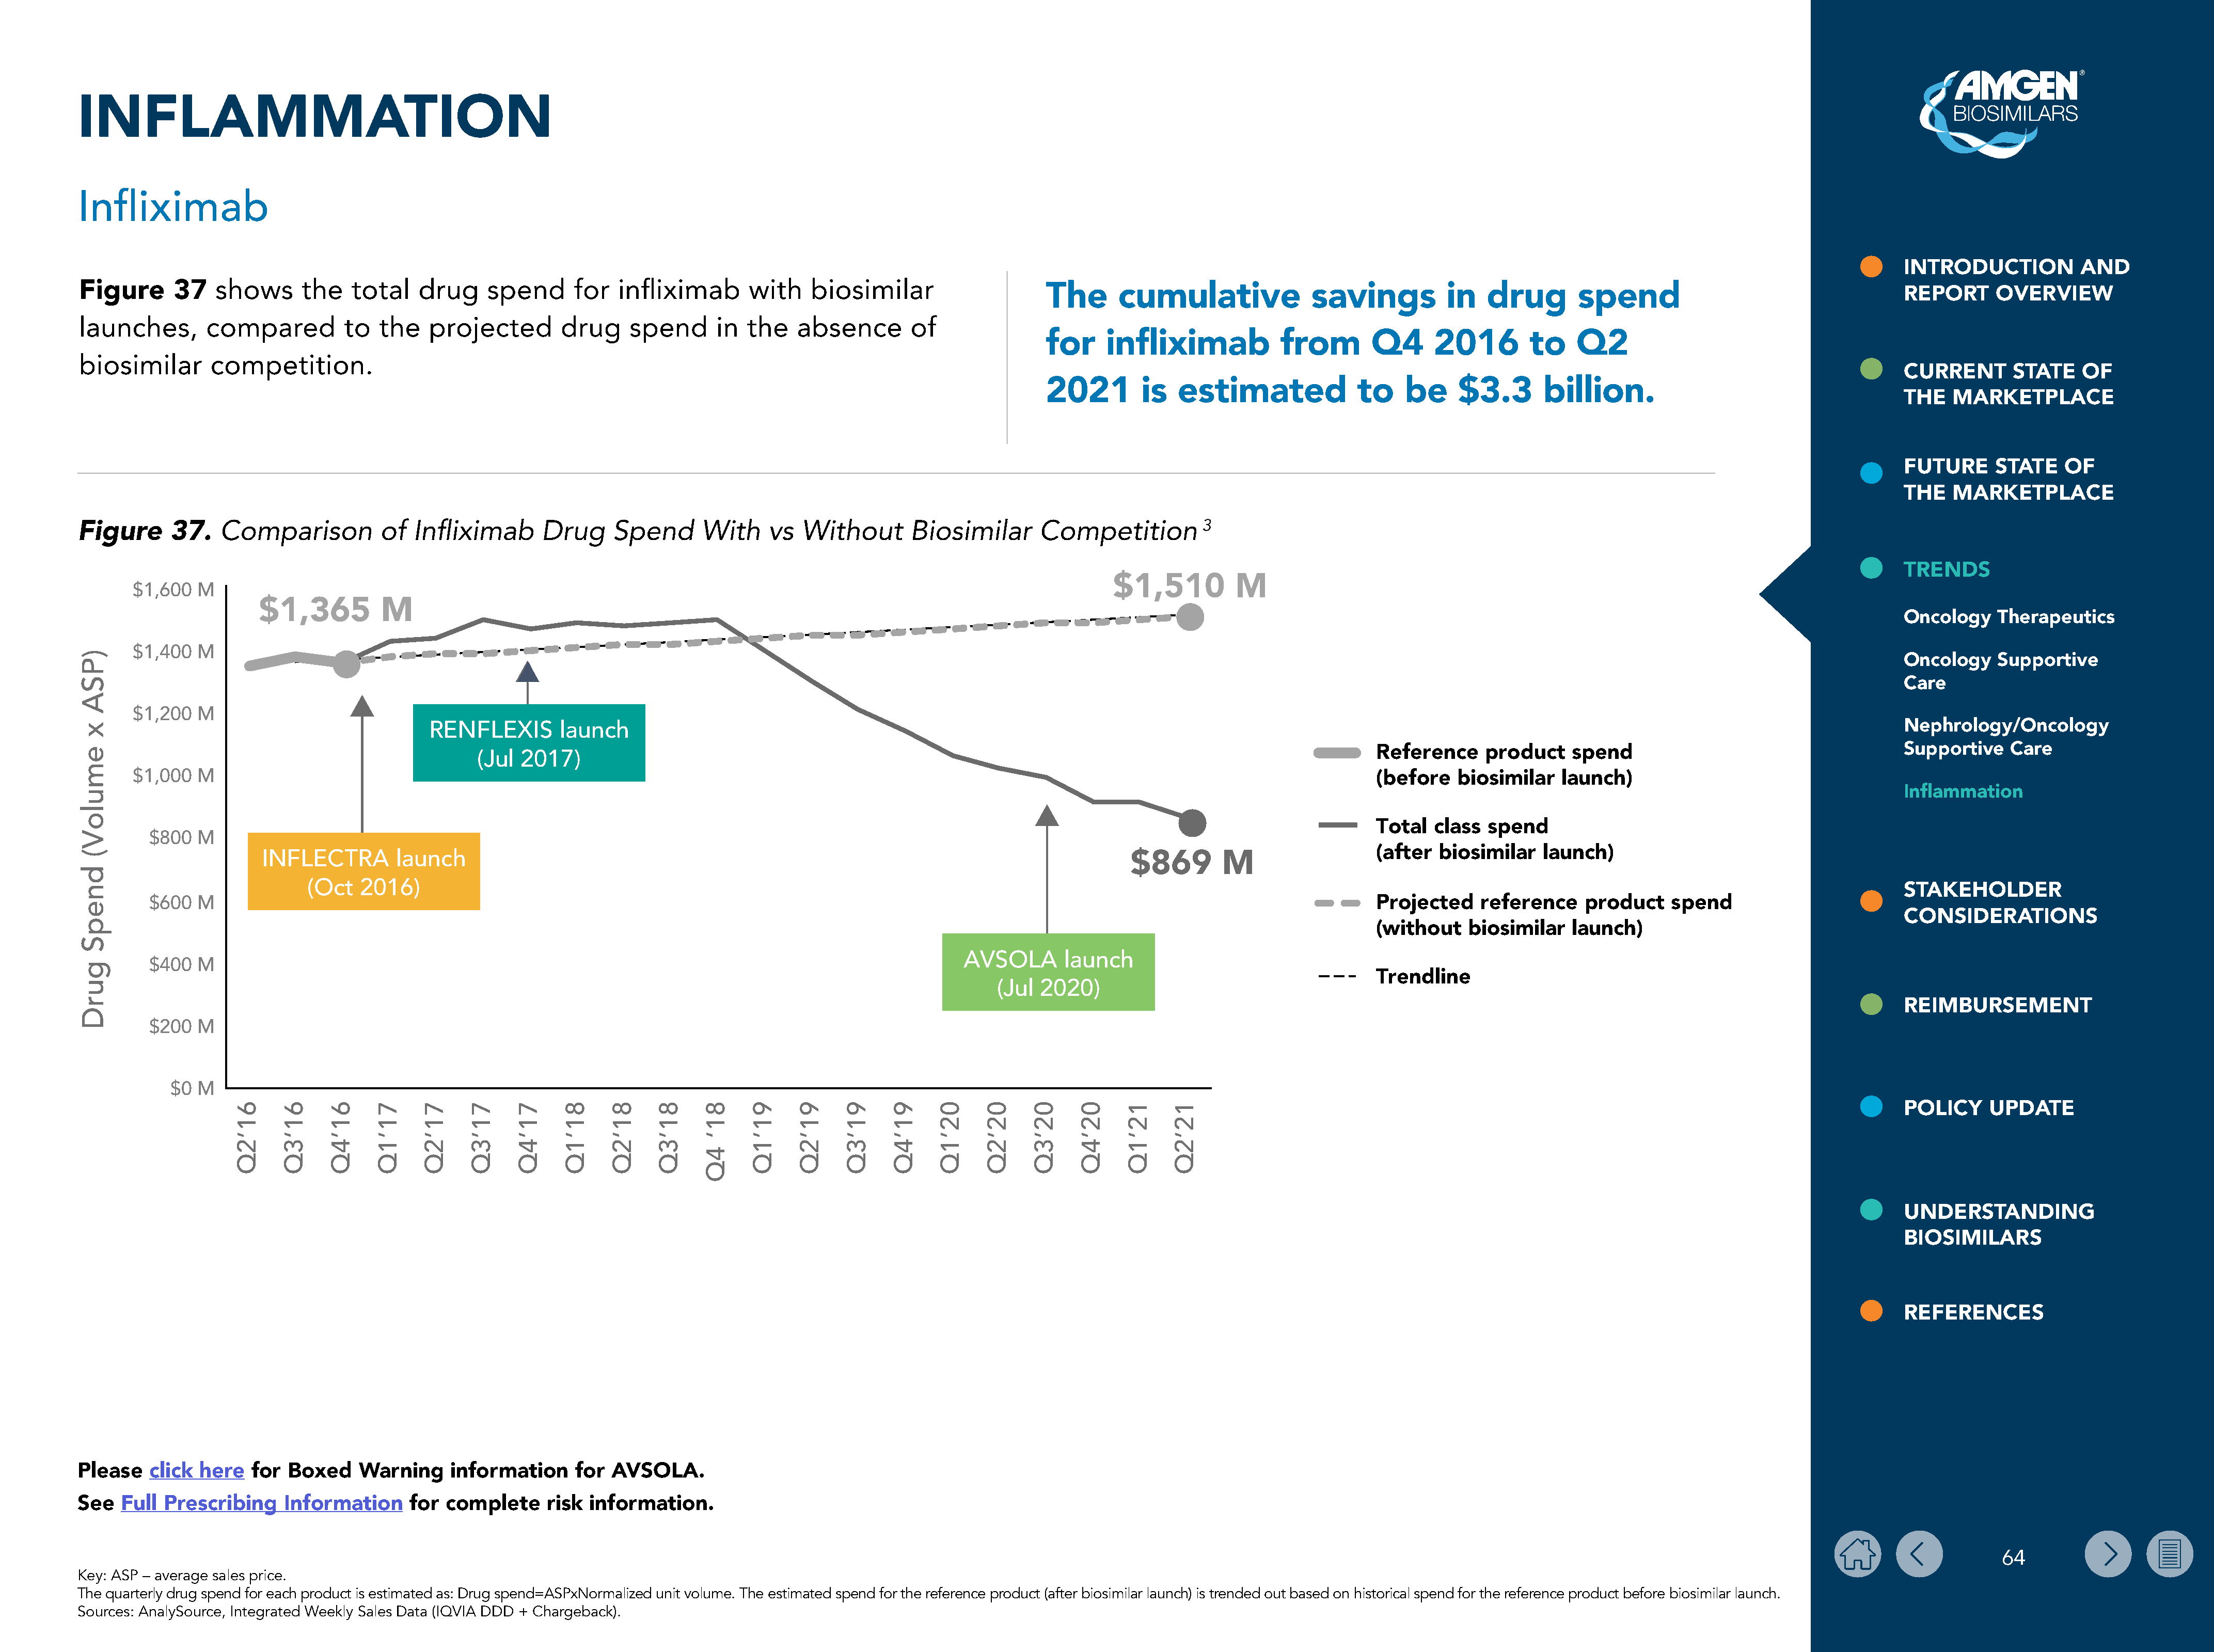
INFLAMMATION
 Infliximab
 INTRODUCTION           AND
 Figure      37    shows      the   total   drug     spend      for   infliximab      with    biosimilar
 The      cumulative               savings          in    drug       spend                                     REPORT      OVERVIEW
 launches,       compared          to  the    projected        drug    spend      in  the    absence       of
 for     infliximab            from        Q4      2016        to    Q2
 biosimilar       competition.
 CURRENT       STATE    OF
 2021        is   estimated              to    be     $3.3       billion.
 THE   MARKETPLACE
 FUTURE      STATE    OF
 THE   MARKETPLACE
 Comparison           of  Infliximab      Drug      Spend      With    vs   Without       Biosimilar      Competition          3
 Figure      37.
 TRENDS
 $1,510         M
 $1,600  M
 $1,365          M
 Oncology    Therapeutics
 $1,400  M
 Oncology    Supportive
 Care
 $1,200  M
 RENFLEXIS        launch                                                                                                                                                                      Nephrology/Oncology
 Reference     product     spend                                     Supportive    Care
 (Jul  2017)
 $1,000  M                                                                                                                                                      (before    biosimilar   launch)
 Inflammation
 Total   class  spend
 $800  M
 (after  biosimilar    launch)
 INFLECTRA        launch                                                                                        $869        M
 (Oct   2016)
 STAKEHOLDER
 $600  M                                                                                                                                                      Projected     reference    product    spend
 CONSIDERATIONS
 (without    biosimilar    launch)
 AVSOLA      launch
 $400  M
 Trendline
 (Jul 2020)
 REIMBURSEMENT
 $200  M
 $0 M
 POLICY     UPDATE
 UNDERSTANDING
 BIOSIMILARS
 REFERENCES
 Please   click  here  for  Boxed    Warning     information     for AVSOLA.
 See  Full  Prescribing    Information     for  complete     risk  information.
 64
 Key: ASP – average sales price.
 The quarterly drug spend for each product is estimated as: Drug spend=ASPxNormalized unit volume. The estimated spend for the reference product (after biosimilar launch) is trended out based on historical spend for the reference product before biosimilar launch.
 Sources: AnalySource, Integrated Weekly Sales Data (IQVIA DDD + Chargeback).
 )PSA
 x
 emuloV(
 dnepS
 gurD
 61’2Q 61‘3Q 61’4Q 71’1Q 71’2Q 71’3Q 71’4Q 81’1Q 81‘2Q 81’3Q 81‘
 4Q
 91’1Q 91’2Q 91’3Q 91’4Q 02’1Q 02’2Q 02’3Q 02’4Q 12’1Q 12’2Q